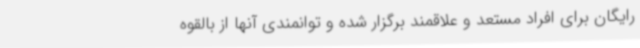
رایگان برای افراد مستعد و علاقمند برگزار شده و توانمندی آنها از بالقوه